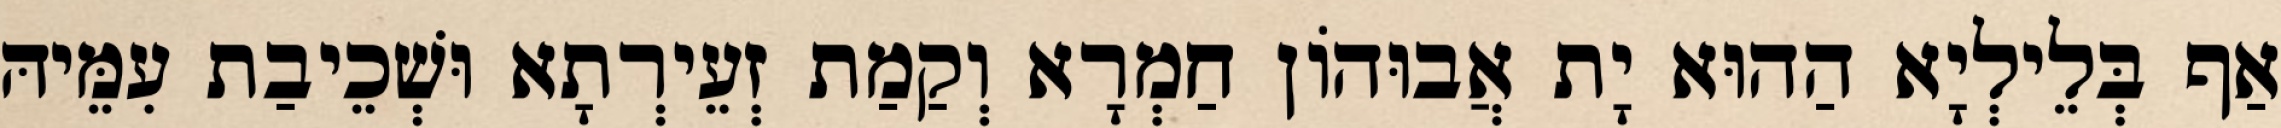
אַף בְּלֵילְיָא הַהוּא יָת אֲבוּהוֹן חַמְרָא וְקַמַת זְעֵירְתָא וּשְׁכֵיבַת עִמֵּיהּ